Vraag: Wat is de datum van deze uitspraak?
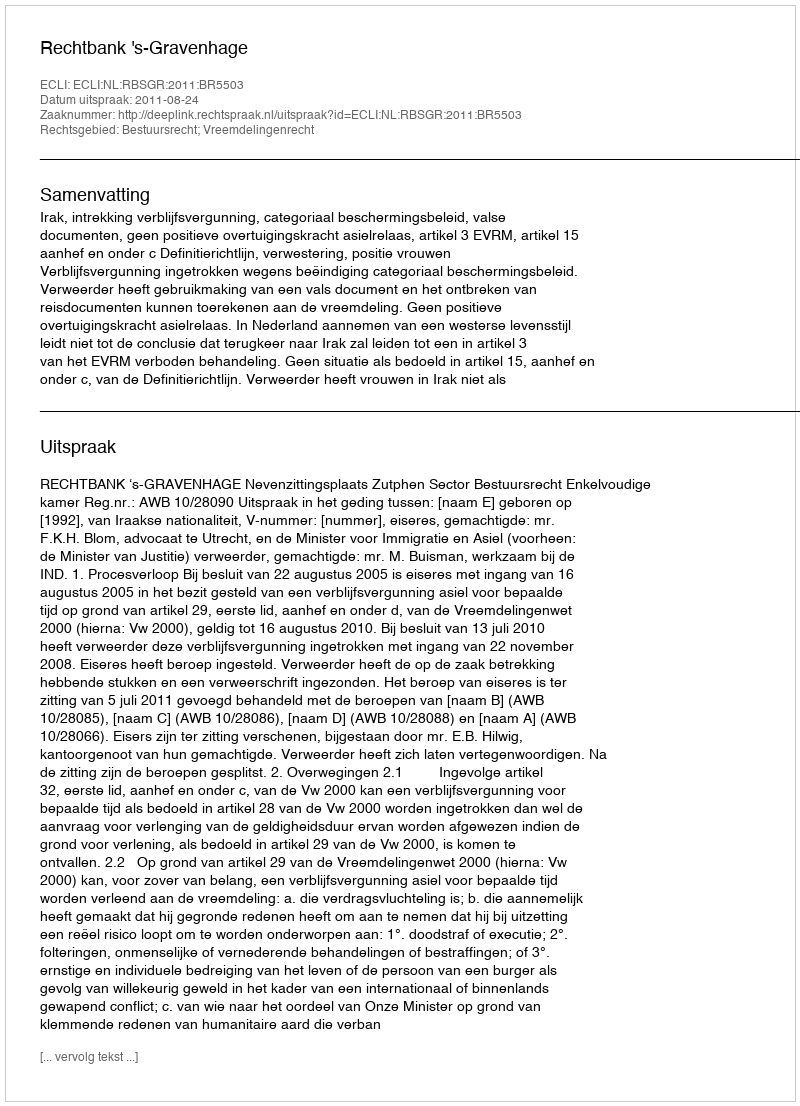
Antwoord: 2011-08-24